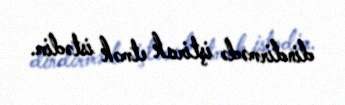
dindirmədə iştirak etmək istədim.